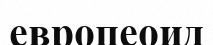
европеоид